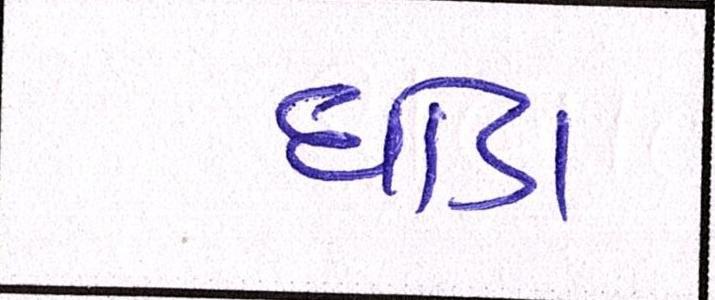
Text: ઘોડા